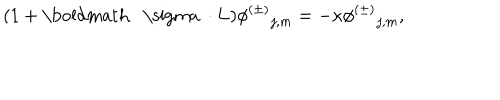
( 1 + { { \mathrm { \boldmath ~ \ s i g m a ~ } } \cdot { \bf L } } ) { { \phi ^ { ( \pm ) } } _ { j , m } } = - \kappa { { \phi ^ { ( \pm ) } } _ { j , m } } ,